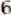
6